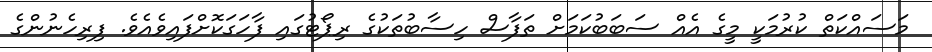
މަސައްކަތް ކުރުމަކީ މީގެ އެއް ސަބަބުކަމަށް ތަފާސް ހިސާބުތަކުގެ ރިޕޯޓުގައި ފާހަގަކޮށްފައިވެއެވެ. ފިރިހެނުންގެ